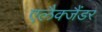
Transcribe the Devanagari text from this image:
एलैक्जैंडर